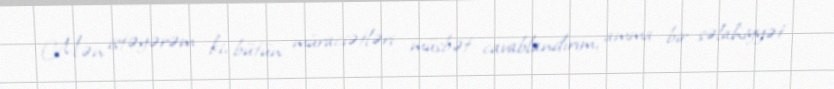
Mən istəyərəm ki, bütün müraciətləri müsbət cavablandırım, amma bir səlahiyyət